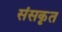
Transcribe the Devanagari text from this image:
संसकृत